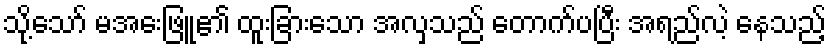
သို့သော် မအေးဖြူ၏ ထူးခြားသော အလှသည် တောက်ပပြီး အရည်လဲ့ နေသည့်